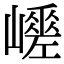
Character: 𡾑